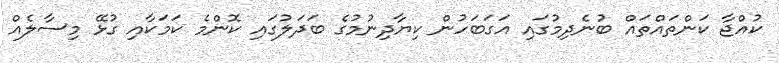
ކުއްޖާ ކަންތައްތައް ބުނެދިމުގައި އަގަބަހުން ކިޔާދިނުމުގެ ބަދަލުގައި ކޮންމެ ކަމަކާއި ގުޅޭ މިސާލެއް